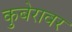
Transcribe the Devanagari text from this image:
कुबेरावर